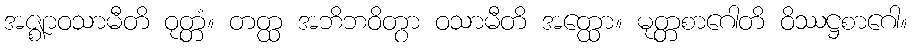
အဇ္ဈာဝသာမီတိ ဝုတ္တံ။ တတ္ထ အဘိဘဝိတွာ ဝသာမီတိ အတ္ထော။ မုတ္တစာဂေါတိ ဝိဿဋ္ဌစာဂေါ။